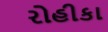
રોહીકા